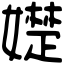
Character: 𡢟